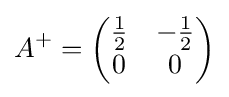
A^{+}={\begin{pmatrix}{\frac {1}{2}}&-{\frac {1}{2}}\\0&0\end{pmatrix}}